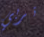
تربي